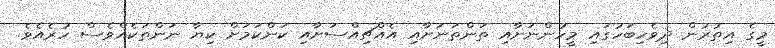
މީގެ އިތުރުން ދިވެހިބަހުގައި މީހުންނަށާއި ތަންތަނަށާއި އެއްޗިއްސަށާއި ކަންކަމަށް ކިޔާ ނަންތަކެއްވެސް ހުރެއެވެ.